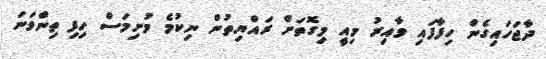
ދާޖަހައިގެން ހިފާފައި ވާއިރު މިއީ މިގޮތަށް ރައްޔިތުން ނިކުމެ މުށިމަސް ހިފި ތިންވަނަ